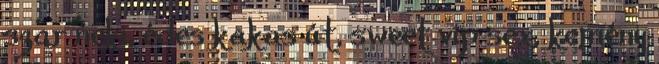
szar neki, édes kakas út, sweet vip sex, kemény